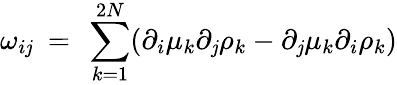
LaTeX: \omega_{i\mathit{j}}\ =\ \sum_{k=1}^{2N}(\partial_{i}\mu_{k}\partial_{\mathit{j}}\rho_{k}-\partial_{\mathit{j}}\mu_{k}\partial_{i}\rho_{k})